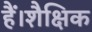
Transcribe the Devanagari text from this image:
हैं।शैक्षिक